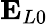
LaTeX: \mathbf{E}_{L0}